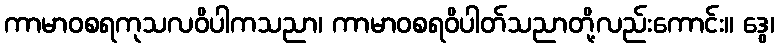
ကာမာဝစရကုသလဝိပါကသညာ၊ ကာမာဝစရဝိပါတ်သညာတို့လည်းကောင်း။ ဒွေ၊